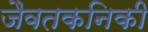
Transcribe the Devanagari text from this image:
जैवतकनिकी